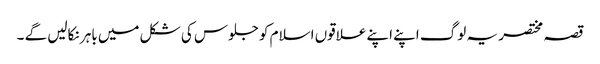
قصہ مختصر یہ لوگ اپنے اپنے علاقوں اسلام کو جلوس کی شکل میں باہر نکالیں گے ۔